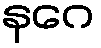
နဂေ